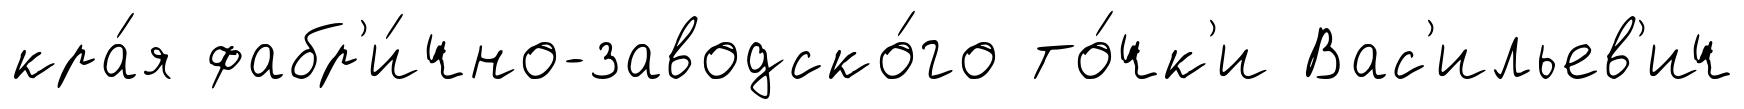
кра́я фабр'и́чно-заводско́го то́чк'и Вас'ильев'ич